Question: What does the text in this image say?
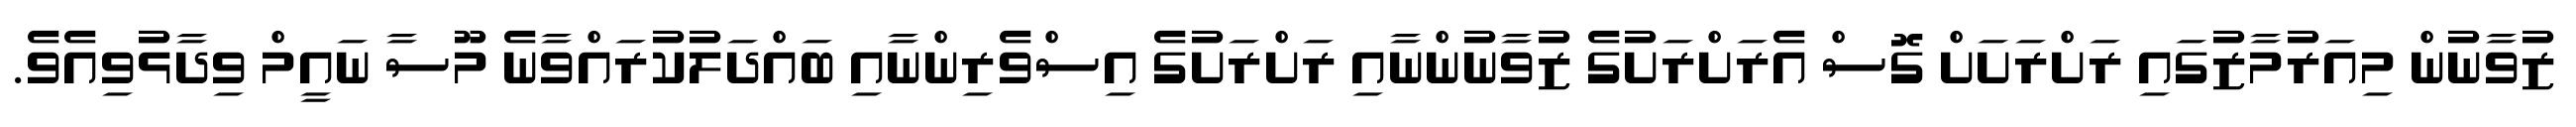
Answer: ޒުވާނުން މިއަރުމާޒުގައި ރަށްރަށަށް ގޮސް އެރަށްރަށުގެ ޒުވާނުންނާއި ރަށްރަށުގެ އިސްވެރިންނާއި ބައްދަލުކުރައްވާނެ މޫސާ ނައީމް ވިދާޅުވިއެވެ.